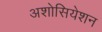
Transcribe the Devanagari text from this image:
अशोसियेशन